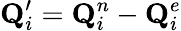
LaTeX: \mathbf{Q}_{i}^{\prime}=\mathbf{Q}_{i}^{n}-\mathbf{Q}_{i}^{e}